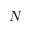
N